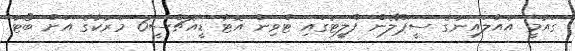
ގައުމީ އެއާލައިނުގެ ސީޕްލޭން ފްލީޓުގައި ޓްވިން އޮޓާ ޑީއެޗްސީ6 މަރުކާގެ އަށް ބޯޓު